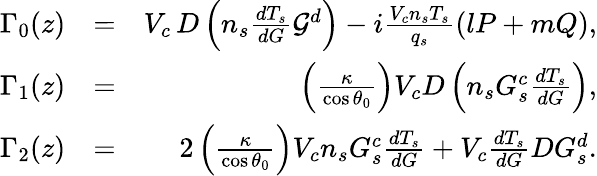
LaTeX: \begin{array}{rlr}{\Gamma_{0}(z)}&{=}&{V_{c}\, D\left(n_{s}\frac{dT_{s}}{dG}\mathcal{G}^{d}\right)-i\frac{V_{c}n_{s}T_{s}}{q_{s}}(lP+mQ),}\\ {\Gamma_{1}(z)}&{=}&{\left(\frac{\kappa}{\cos{\theta_{0}}}\right)V_{c}D\left(n_{s}{G}_{s}^{c}\frac{dT_{s}}{dG}\right),}\\ {\Gamma_{2}(z)}&{=}&{2\left(\frac{\kappa}{\cos{\theta_{0}}}\right)V_{c}n_{s}{G}_{s}^{c}\frac{dT_{s}}{dG}+V_{c}\frac{dT_{s}}{dG}D{G}_{s}^{d}.}\end{array}